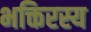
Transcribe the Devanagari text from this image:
भक्तिरस्य